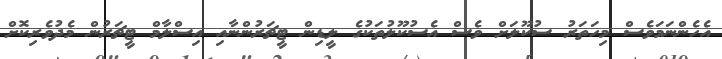
އެހެންނަމަވެސް މިހަތަރު ސުކޫލަަށް ވެސް އެސުކޫލުތަކުގެ ލީޑިން ޓީޗަރުންނާއި އިސްލާމް ޓީޗަރުން މެދުވެރިކޮށް